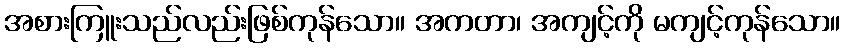
အစားကြူးသည်လည်းဖြစ်ကုန်သော။ အကတာ၊ အကျင့်ကို မကျင့်ကုန်သော။